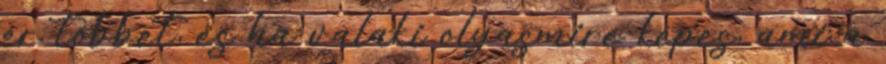
ér többet, és ha valaki olyasmire képes, ami a